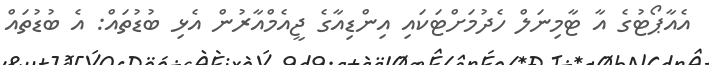
އެއާޕޯޓުގެ އާ ޓާމިނަލް ހެދުމަށްޓަކައި އިންޑިއާގެ ޖީއެމްއާރުން އެޅި ބުޑުތައް: އެ ބުޑުތައް